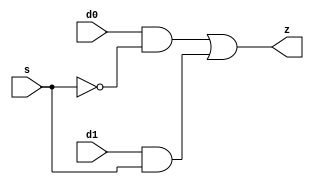
// This program was cloned from: https://github.com/siliconcompiler/lambdalib
// License: MIT License

//#############################################################################
//# Function: 2-Input Mux                                                     #
//# Copyright: Lambda Project Authors. All rights Reserved.                   #
//# License:  MIT (see LICENSE file in Lambda repository)                     #
//#############################################################################

module la_mux2 #(
    parameter PROP = "DEFAULT"
) (
    input  d0,
    input  d1,
    input  s,
    output z
);

    assign z = (d0 & ~s) | (d1 & s);

endmodule